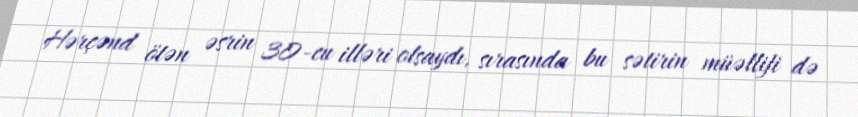
Hərçənd ötən əsrin 30-cu illəri olsaydı, sırasında bu sətirin müəllifi də